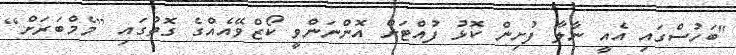
"ބަހުސްގައި އެއީ ނާލާ ފުށިން ކޮޅު ފުއްޓަށް އޮންނަންވީ ކޯޒްވޭއެއްގެ ގޮތުގައި [މެމްބަރަަށް]